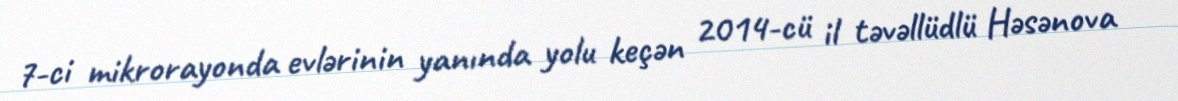
7-ci mikrorayonda evlərinin yanında yolu keçən 2014-cü il təvəllüdlü Həsənova